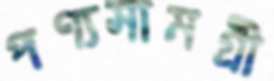
পণ্যসামগ্রী